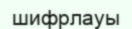
шифрлауы